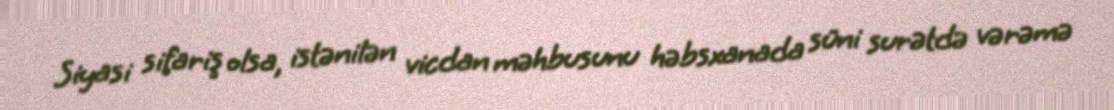
Siyasi sifariş olsa, istənilən vicdan məhbusunu həbsxanada süni surətdə vərəmə